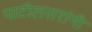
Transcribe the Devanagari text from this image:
पाटीलसरांनी